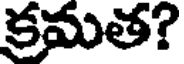
క్రమత?